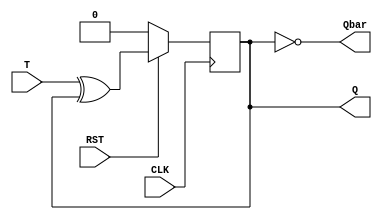
module t_ff(T,CLK,RST,Q,Qbar);
output Q,Qbar;
input  T,CLK,RST;
reg  Q;
always @(posedge CLK)

begin // positive-edge triggered
if (!RST) // synchronous reset, active low
Q <= 1'b0;
else
Q <= T^Q;
end
assign Qbar = ~ Q ;
endmodule